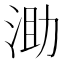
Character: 𣵪